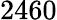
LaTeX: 2460